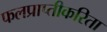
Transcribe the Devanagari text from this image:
फलप्राप्तीकरिता